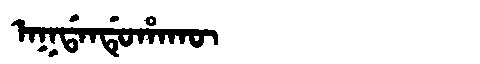
Manchu: ᠠᡴᡩᠠᠨᡩᡠᡥᠠᡴᡡ
Romanization: AKDANDUHAKŪ